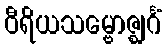
ဝီရိယသမ္ဗောဇ္ဈင်္ဂံ